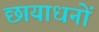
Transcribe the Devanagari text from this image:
छायाधनों